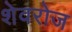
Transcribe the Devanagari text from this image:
शेवरोज